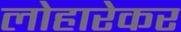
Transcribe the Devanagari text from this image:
लोहारेकर